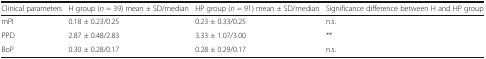
<table><thead><tr><td><b>Clinical parameters</b></td><td><b>H group (<i>n</i> = 39) mean ± SD/median</b></td><td><b>HP group (<i>n</i> = 91) mean ± SD/median</b></td><td><b>Significance difference between H and HP group</b></td></tr></thead><tbody><tr><td>mPI</td><td>0.18 ± 0.23/0.25</td><td>0.23 ± 0.33/0.25</td><td>n.s.</td></tr><tr><td>PPD</td><td>2.87 ± 0.48/2.83</td><td>3.33 ± 1.07/3.00</td><td>**</td></tr><tr><td>BoP</td><td>0.30 ± 0.28/0.17</td><td>0.28 ± 0.29/0.17</td><td>n.s.</td></tr></tbody></table>